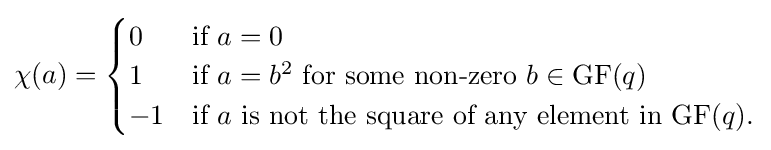
\chi (a)={\begin{cases}0&{\text{if }}a=0\\1&{\text{if }}a=b^{2}{\text{ for some non-zero }}b\in \mathrm {GF} (q)\\-1&{\text{if }}a{\text{ is not the square of any element in }}\mathrm {GF} (q).\end{cases}}